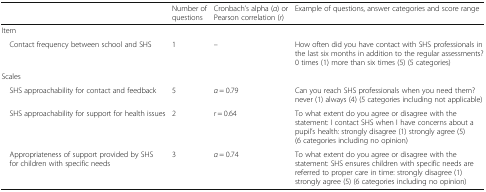
|  | Number of questions | Cronbach’s alpha (α) or Pearson correlation (r) | Example of questions, answer categories and score range |
 | --- | --- | --- | --- |
 | <COLSPAN=4> Item |
 | Contact frequency between school and SHS | 1 | – | How often did you have contact with SHS professionals in the last six months in addition to the regular assessments? 0 times (1) more than six times (5) (5 categories) |
 | <COLSPAN=4> Scales |
 | SHS approachability for contact and feedback | 5 | α = 0.79 | Can you reach SHS professionals when you need them? never (1) always (4) (5 categories including not applicable) |
 | SHS approachability for support for health issues | 2 | r = 0.64 | To what extent do you agree or disagree with the statement: I contact SHS when I have concerns about a pupil’s health: strongly disagree (1) strongly agree (5) (6 categories including no opinion) |
 | Appropriateness of support provided by SHS for children with specific needs | 3 | α = 0.74 | To what extent do you agree or disagree with the statement: SHS ensures children with specific needs are referred to proper care in time: strongly disagree (1) strongly agree (5) (6 categories including no opinion) |